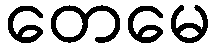
တေမေ